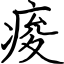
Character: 痠